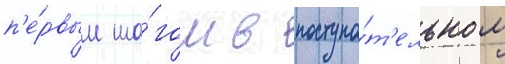
п'е́рвым ша́гом в поступа́т'ельном